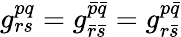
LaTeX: \begin{array}{r}{g_{rs}^{pq}=g_{\bar{r}\bar{s}}^{\bar{p}\bar{q}}=g_{r\bar{s}}^{p\bar{q}}}\end{array}